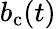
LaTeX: b_{\mathrm{c}}(t)